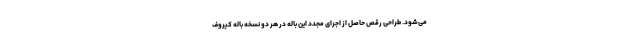
می‌شود. طراحی رقص حاصل از اجرای مجدد این باله در هر دو نسخه باله کیروف